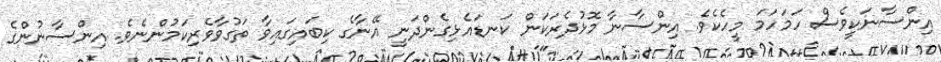
އިންސާނަކީވެސް ހަމަހަމަ މީހެކެވެ. އިންސާނާ މޮޅުދެރަކަން ކަނޑައެޅިގެންދަނީ އޭނާގެ ކިބައިގައިވާ ތަގުވާވެރިކަމުންނެވެ. އިންސާނުންގެ